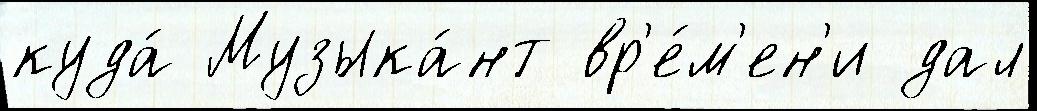
куда́ Музыка́нт вр'е́м'ен'и дал